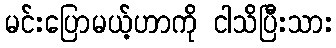
မင်းပြောမယ့်ဟာကို ငါသိပြီးသား